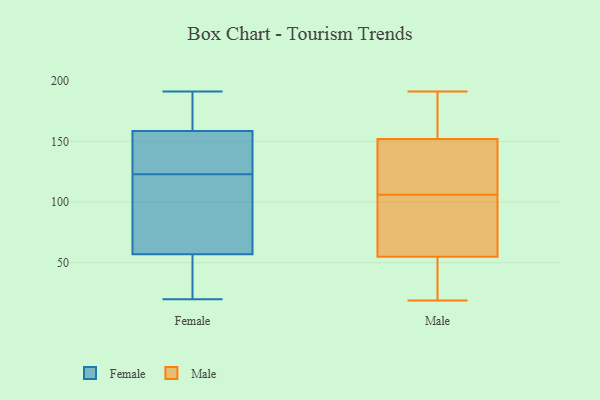
{"axis": {"x": "Revenue (USD Million)", "y": "Value"}, "legend": ["Female", "Male"], "data": [{"x": "", "y": 113, "type": "Female"}, {"x": "", "y": 164, "type": "Female"}, {"x": "", "y": 108, "type": "Female"}, {"x": "", "y": 76, "type": "Female"}, {"x": "", "y": 39, "type": "Female"}, {"x": "", "y": 133, "type": "Female"}, {"x": "", "y": 161, "type": "Female"}, {"x": "", "y": 53, "type": "Female"}, {"x": "", "y": 169, "type": "Female"}, {"x": "", "y": 61, "type": "Female"}, {"x": "", "y": 37, "type": "Female"}, {"x": "", "y": 87, "type": "Female"}, {"x": "", "y": 20, "type": "Female"}, {"x": "", "y": 156, "type": "Female"}, {"x": "", "y": 49, "type": "Female"}, {"x": "", "y": 156, "type": "Female"}, {"x": "", "y": 136, "type": "Female"}, {"x": "", "y": 133, "type": "Female"}, {"x": "", "y": 191, "type": "Female"}, {"x": "", "y": 180, "type": "Female"}, {"x": "", "y": 110, "type": "Male"}, {"x": "", "y": 21, "type": "Male"}, {"x": "", "y": 109, "type": "Male"}, {"x": "", "y": 24, "type": "Male"}, {"x": "", "y": 143, "type": "Male"}, {"x": "", "y": 155, "type": "Male"}, {"x": "", "y": 138, "type": "Male"}, {"x": "", "y": 55, "type": "Male"}, {"x": "", "y": 158, "type": "Male"}, {"x": "", "y": 19, "type": "Male"}, {"x": "", "y": 152, "type": "Male"}, {"x": "", "y": 77, "type": "Male"}, {"x": "", "y": 44, "type": "Male"}, {"x": "", "y": 98, "type": "Male"}, {"x": "", "y": 191, "type": "Male"}, {"x": "", "y": 103, "type": "Male"}, {"x": "", "y": 83, "type": "Male"}, {"x": "", "y": 172, "type": "Male"}]}